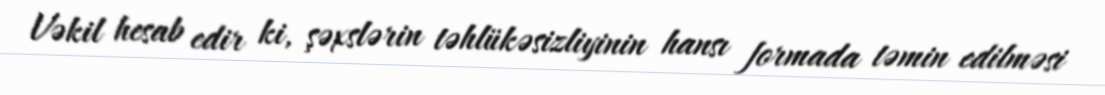
Vəkil hesab edir ki, şəxslərin təhlükəsizliyinin hansı formada təmin edilməsi